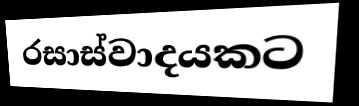
රසාස්වාදයකට